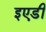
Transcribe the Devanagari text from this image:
इएडी